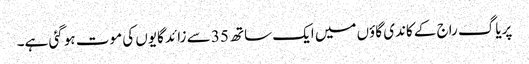
پریاگ راج کے کاندی گاؤں میں ایک ساتھ 35 سے زائد گایوں کی موت ہو گئی ہے۔